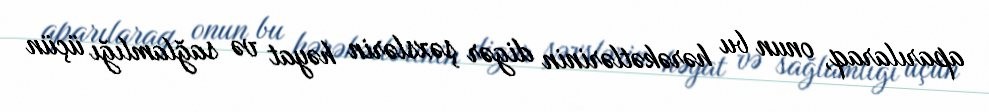
aparılaraq, onun bu hərəkətlərinin digər şəxslərin həyat və sağlamlığı üçün